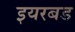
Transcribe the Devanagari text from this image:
इयरबड